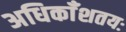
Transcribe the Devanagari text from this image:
अधिकाँशतयः